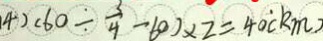
( 4 ) ( 6 0 \div \frac { 3 } { 4 } - 6 0 ) \times 2 = 4 0 ( k m )